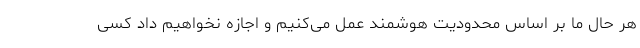
هر حال ما بر اساس محدودیت هوشمند عمل می‌کنیم و اجازه نخواهیم داد کسی